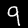
Digit: 9